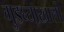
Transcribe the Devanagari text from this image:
गुडघ्याखालीं